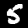
Label: 5